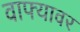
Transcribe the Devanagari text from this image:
वाफ्यावर